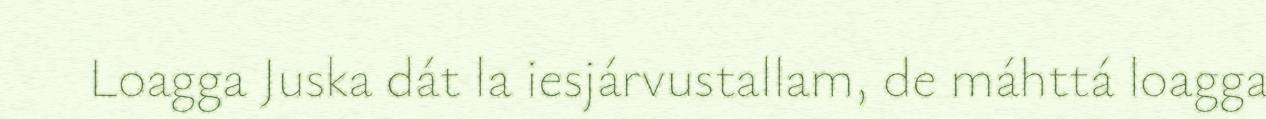
Loagga Juska dát la iesjárvustallam, de máhttá loagga